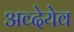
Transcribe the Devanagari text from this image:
अव्देयेव